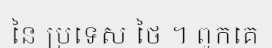
នៃ ប្រទេស ថៃ ។ ពួកគេ